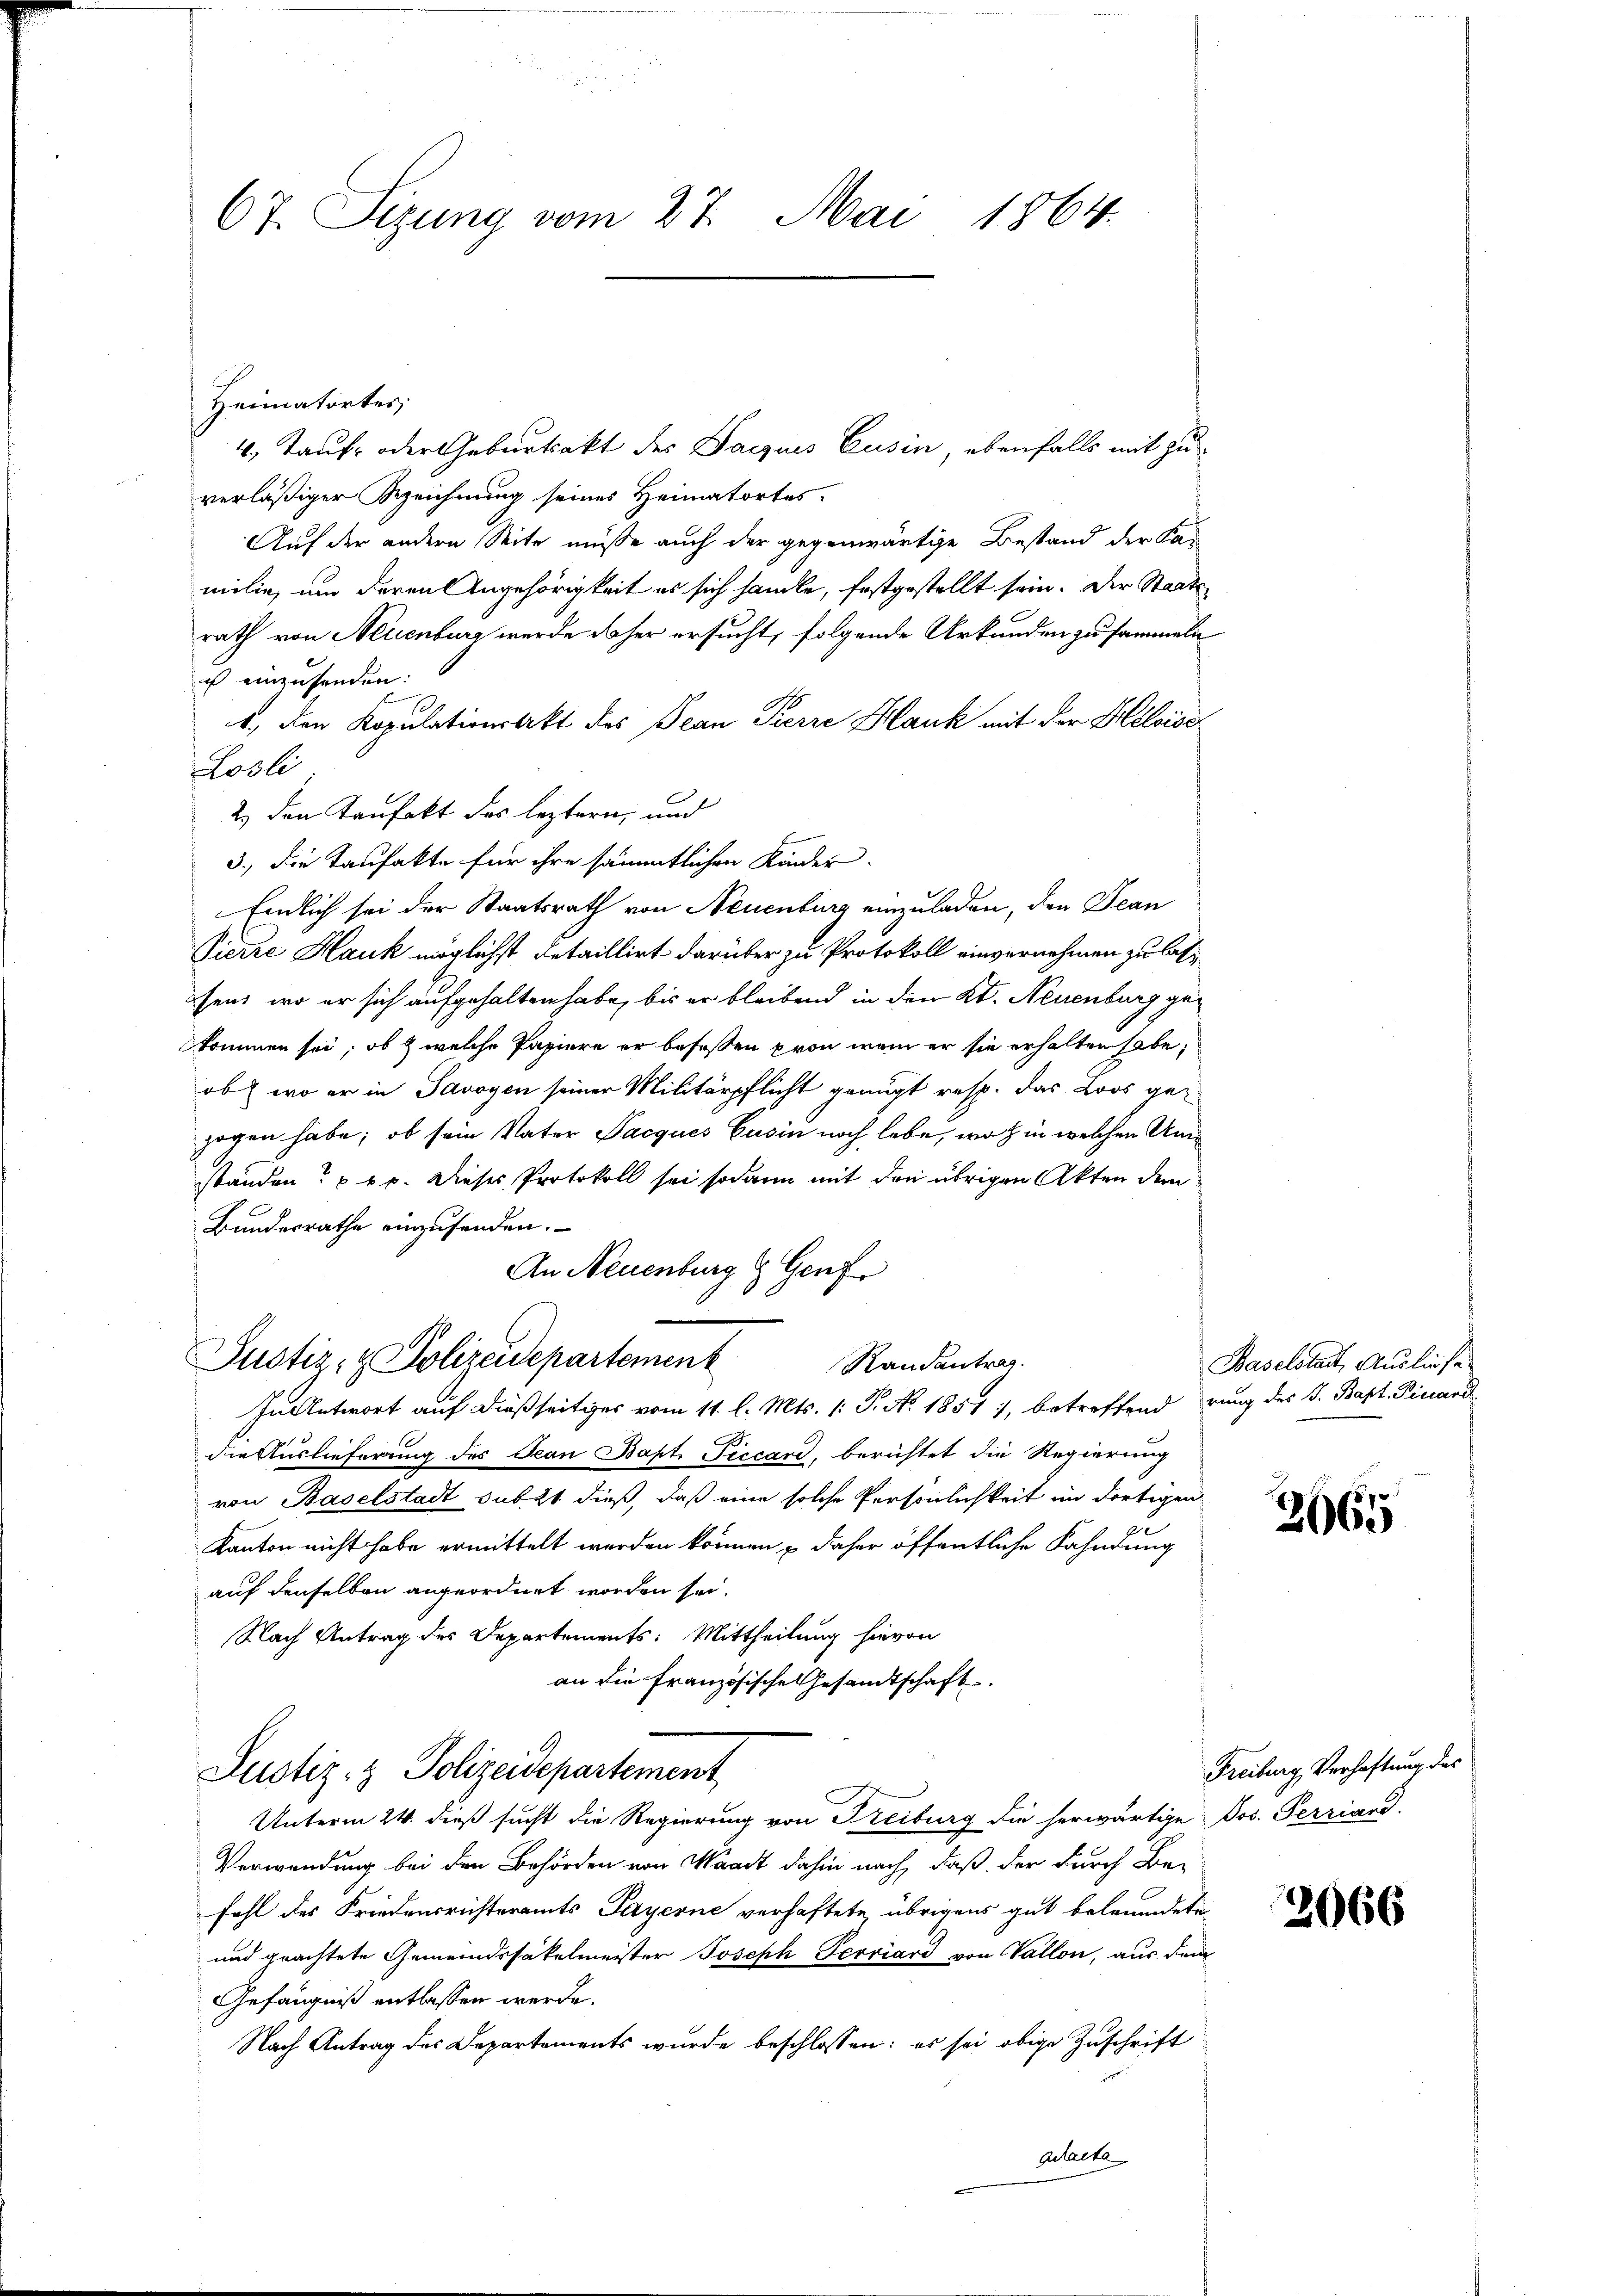
67. Sizung vom 27. Mai 1864.

Heimatortes;
4. Tauf- oder Geburtsakt des Daczuis Eusin, ebenfalls mit zuverläßiger Bezeichnung seines Heimatortes
Auf der andern Seite müsse auch der gegenwärtige Bestand der Ka-
milie, um deren Angehörigkeit es sich handle, festgestellt sein. Der Staatsrath von Neuenburg wurde daher ersucht, folgende Urkunden zu sammeln
us einzusenden:
b. den Kopulationsakt des Jean Pierre Hauk mit der Heloise
Lösli
2.) Den Taufakt des leztern, und
3.) Die Taufakte für ihre sämmtlichen Kinder.
Endlich sei der Staatsrath von Neuenburg einzuladen, den Jean
Pierre Hauk möglichst detaillirt darüber zu Protokoll einvernehmen zu lassen, wo er sich aufgehalten habe, bis er bleibend in den Kt. Neuenburg gekommen sei, ob & welche Papiere er besessen pron, wenn er sie erhalten habe,
ob, wo er in Savoyen seiner Militärpflicht genugt resp. das Loos gezogen habe; ob sein Vater Jacques Eusin noch lebe, wo hin welchen Umständen?  60. Dieses Protokoll sei sodann mit den übrigen Akten dem
Bundesrathe einzusenden.
An Neuenburg & Genf
Justiz- & Polizeidepartement
Randantrag.
In Antwort auf dießseitiges vom 11. l. Mts. (: P. No. 1851, betreffend rung des S. Bapt. Piccand
die Auslieferung des Jean Bapt. Ficcard, berichtet die Regierung
von Baselstadt sub 21 dieß, daß eine solche Persönlichkeit im dortigen
Kanton nicht habe ermittelt werden können & daher öffentliche Fahndung
auf denselben angeordnet worden sei.
Nach Antrag des Departements: Mittheilung hievon
an die Französische Gesandtschaft.
Justiz- & Polizeidepartement
Unterm 24. dieß sucht die Regierung von Freiburg die herwärtige Jos. Terriand
Verwendung bei den Behörden von Waadt dahin nach, daß der durch Be-
fahl des Friedensrichteramts Payerne verhaftete übrigens gut beleumdeten
und geachtete Gemeindssäkelmeister Joseph Terriard von Vallon, aus dem
Gefängniß entlassen werde.
Nach Antrag des Departements wurde beschlossen: es sei obige Zuschrift
qdacta

Baselstadt, Ausliefe

3665

Freiburg, Verhaftung des

2666